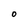
Character: O